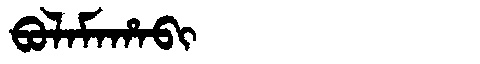
Manchu: ᠪᠣᠯᠠᠮᠠᡥᠠᠪᡳ
Romanization: BOLAMAHABI